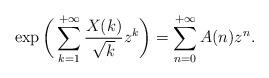
LaTeX: \begin{align*} \exp\bigg( \sum_{k=1}^{+\infty} \frac{X(k)}{\sqrt{k}}z^k \bigg)= \sum_{n=0}^{+\infty} A(n)z^n.\end{align*}